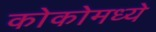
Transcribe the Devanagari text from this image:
कोकोमध्ये